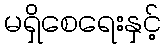
မရှိစေရေးနှင့်